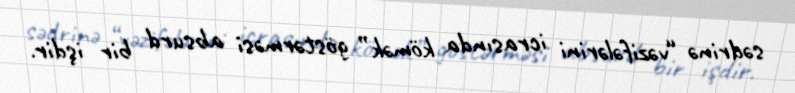
sədrinə “vəzifələrini icrasında kömək” göstərməsi absurd bir işdir.